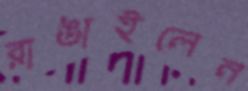
রাঙাইলেন